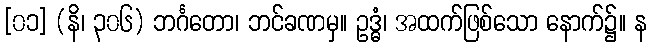
[၀၁] (နိ၊ ၃၀၆) ဘင်္ဂတော၊ ဘင်ခဏမှ။ ဥဒ္ဓံ၊ အထက်ဖြစ်သော နောက်၌။ န